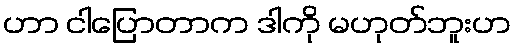
ဟာ ငါပြောတာက ဒါကို မဟုတ်ဘူးဟ